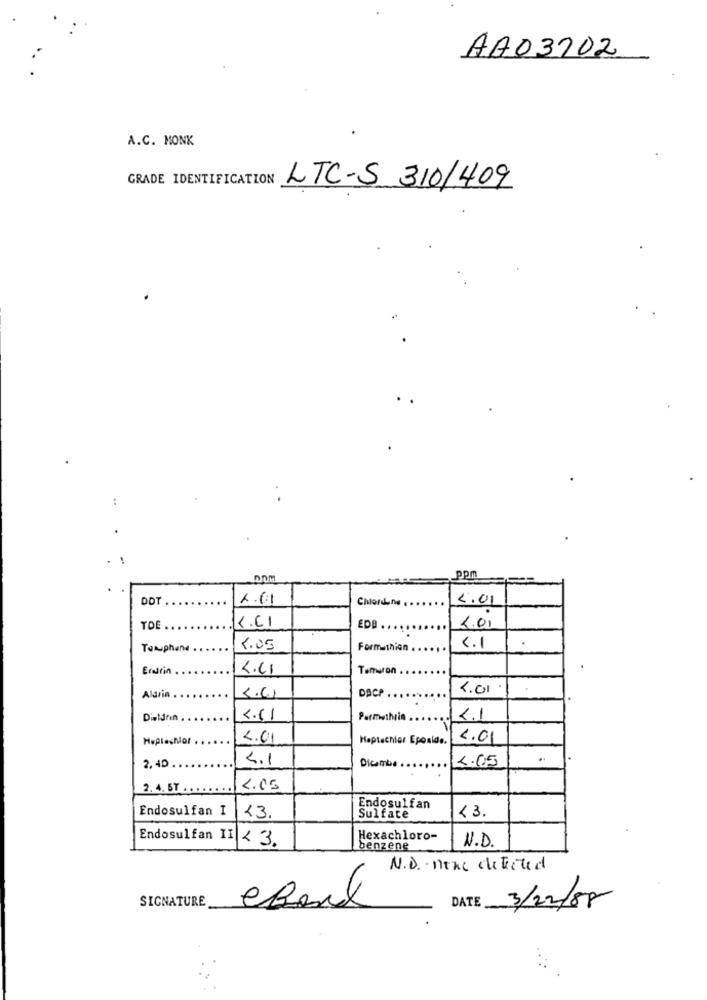
AA03202
A.C. MONK
GRADE IDENTIFICATION LTC-S 310/409
..
ppm
DOT
2.01
Chords no .
4.01
TOE
C.C1
EDB
2.00
Tanphane
Formathion
C.I
Eraltin
Tomaron
Aldrin
DACP
4.01
Dietdrin
4.11
Permethrin
2.1
HuplasNor
2.01
Haptechlor Epoxide.
4.01
4.1
Dicembre
4.05
..
2. 40
2.4. 5T .
2.05
Endosulfan I
Endosulfan
<3.
Sulfate
<3.
Endosulfan II
<3.
Hexachloro-
N.D.
benzene
N.D. none detected
SIGNATURE
DATE
eBank
3/12/88